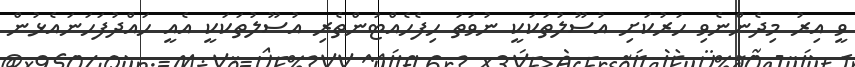
ވީ އިރު މިދެންނެވި ހަރުކަށި އުސޫލުތަކަކީ ނުވަތަ ހިފެހެއްޓުންތެރި އުސޫލުތަކަކީ އެއީ ހައްދުފަހަނައެޅުން